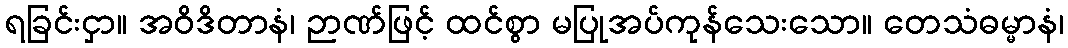
ရခြင်းငှာ။ အဝိဒိတာနံ၊ ဉာဏ်ဖြင့် ထင်စွာ မပြုအပ်ကုန်သေးသော။ တေသံဓမ္မာနံ၊